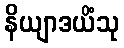
နိယျာဒယိံသု